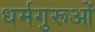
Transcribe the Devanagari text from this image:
धर्मगुरूओं